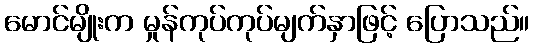
မောင်မျိုးက မှုန်ကုပ်ကုပ်မျက်နှာဖြင့် ပြောသည်။